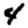
Digit: 4